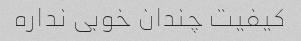
کیفیت چندان خوبی نداره